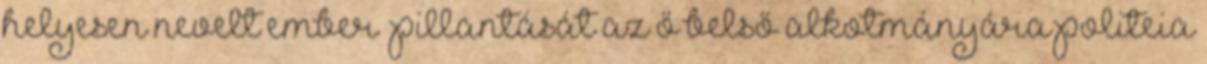
helyesen nevelt ember „pillantását az ő belső alkotmányára politeia